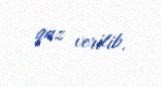
qaz verilib.